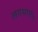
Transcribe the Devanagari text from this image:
लगभग१५